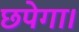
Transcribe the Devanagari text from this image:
छपेगा।